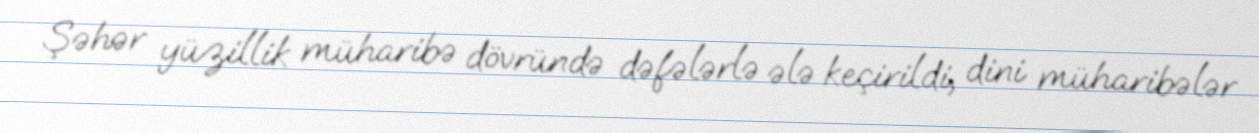
Şəhər yüzillik müharibə dövründə dəfələrlə ələ keçirildi, dini müharibələr